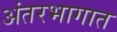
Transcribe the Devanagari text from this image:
अंतरभागात